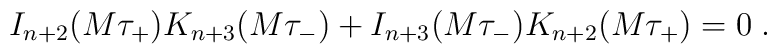
I_{n+2}(M\tau_{+})K_{n+3}(M\tau_{-})+I_{n+3}(M\tau_{-})K_{n+2}(M\tau_{+})=0 \; .